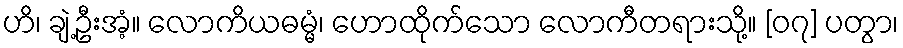
ဟိ၊ ချဲ့ဦးအံ့။ လောကိယဓမ္မံ၊ ဟောထိုက်သော လောကီတရားသို့။ [၀၇] ပတွာ၊